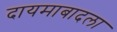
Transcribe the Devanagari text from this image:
दायमाबादला